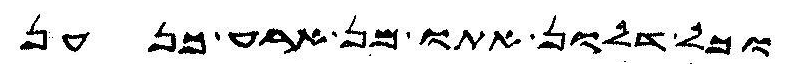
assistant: וכל דלון אתו מן ארע כנען